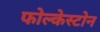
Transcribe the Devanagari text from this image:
फोल्केस्टोन